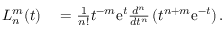
\begin{array} { r l } { L _ { n } ^ { m } ( t ) } & { { } = \frac { 1 } { n ! } t ^ { - m } \mathrm { e } ^ { t } \frac { d ^ { n } } { d t ^ { n } } \left( t ^ { n + m } \mathrm { e } ^ { - t } \right) . } \end{array}